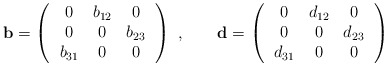
\begin{align*}{\mathbf b}= \left(\, \begin{array}{ccc}0 & b_{12} &0\\0 & 0 & b_{23}\\b_{31} &0 &0\end{array}\,\right)\ ,\qquad{\mathbf d}= \left(\, \begin{array}{ccc}0 & d_{12} &0\\0 & 0 & d_{23}\\d_{31} &0 &0\end{array}\,\right)\end{align*}